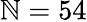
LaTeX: \mathbb{N}=54